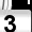
Digit: 3